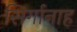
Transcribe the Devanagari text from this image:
सिर्गानाह